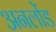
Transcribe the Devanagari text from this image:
अनलोंड